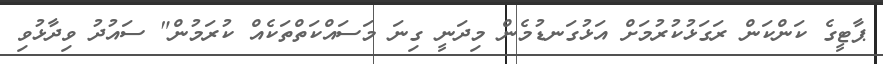
ޕާޓީގެ ކަންކަން ރަގަޅުކުރުމަަށް އަޅުގަނޑުމެން މިދަނީ ގިނަ މަސައްކަތްތަކެއް ކުރަމުން" ސައުދު ވިދާޅުވި